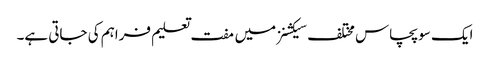
ایک سو پچاس مختلف سیکشنز میں مفت تعلیم فراہم کی جاتی ہے۔